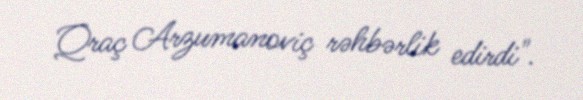
Qraç Arzumanoviç rəhbərlik edirdi".